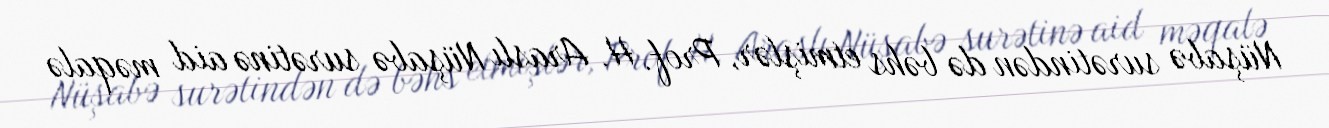
Nüşabə surətindən də bəhs etmişlər, Prof. H. Araslı Nüşabə surətinə aid məqalə